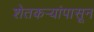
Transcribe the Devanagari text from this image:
शेतकऱ्यांपासून